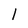
Character: 1